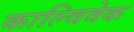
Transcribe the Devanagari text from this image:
काल्विवेक